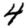
Digit: 4